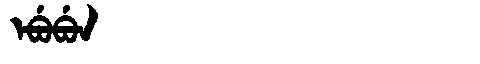
Manchu: ᡝᠪᡠᠪᡠᠨ
Romanization: EBUBUN